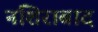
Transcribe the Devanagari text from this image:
नशिराबाद